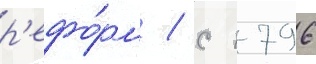
р'ефо́рм / с 1796